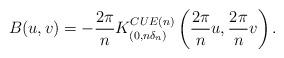
LaTeX: \begin{align*}&B(u,v)=-\frac{2\pi}{n}K_{(0,n\delta_n)}^{CUE(n)}\left(\frac{2\pi}{n}u,\frac{2\pi}{n}v\right).\end{align*}